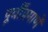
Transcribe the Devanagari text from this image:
पूर्वींप्रमाणें